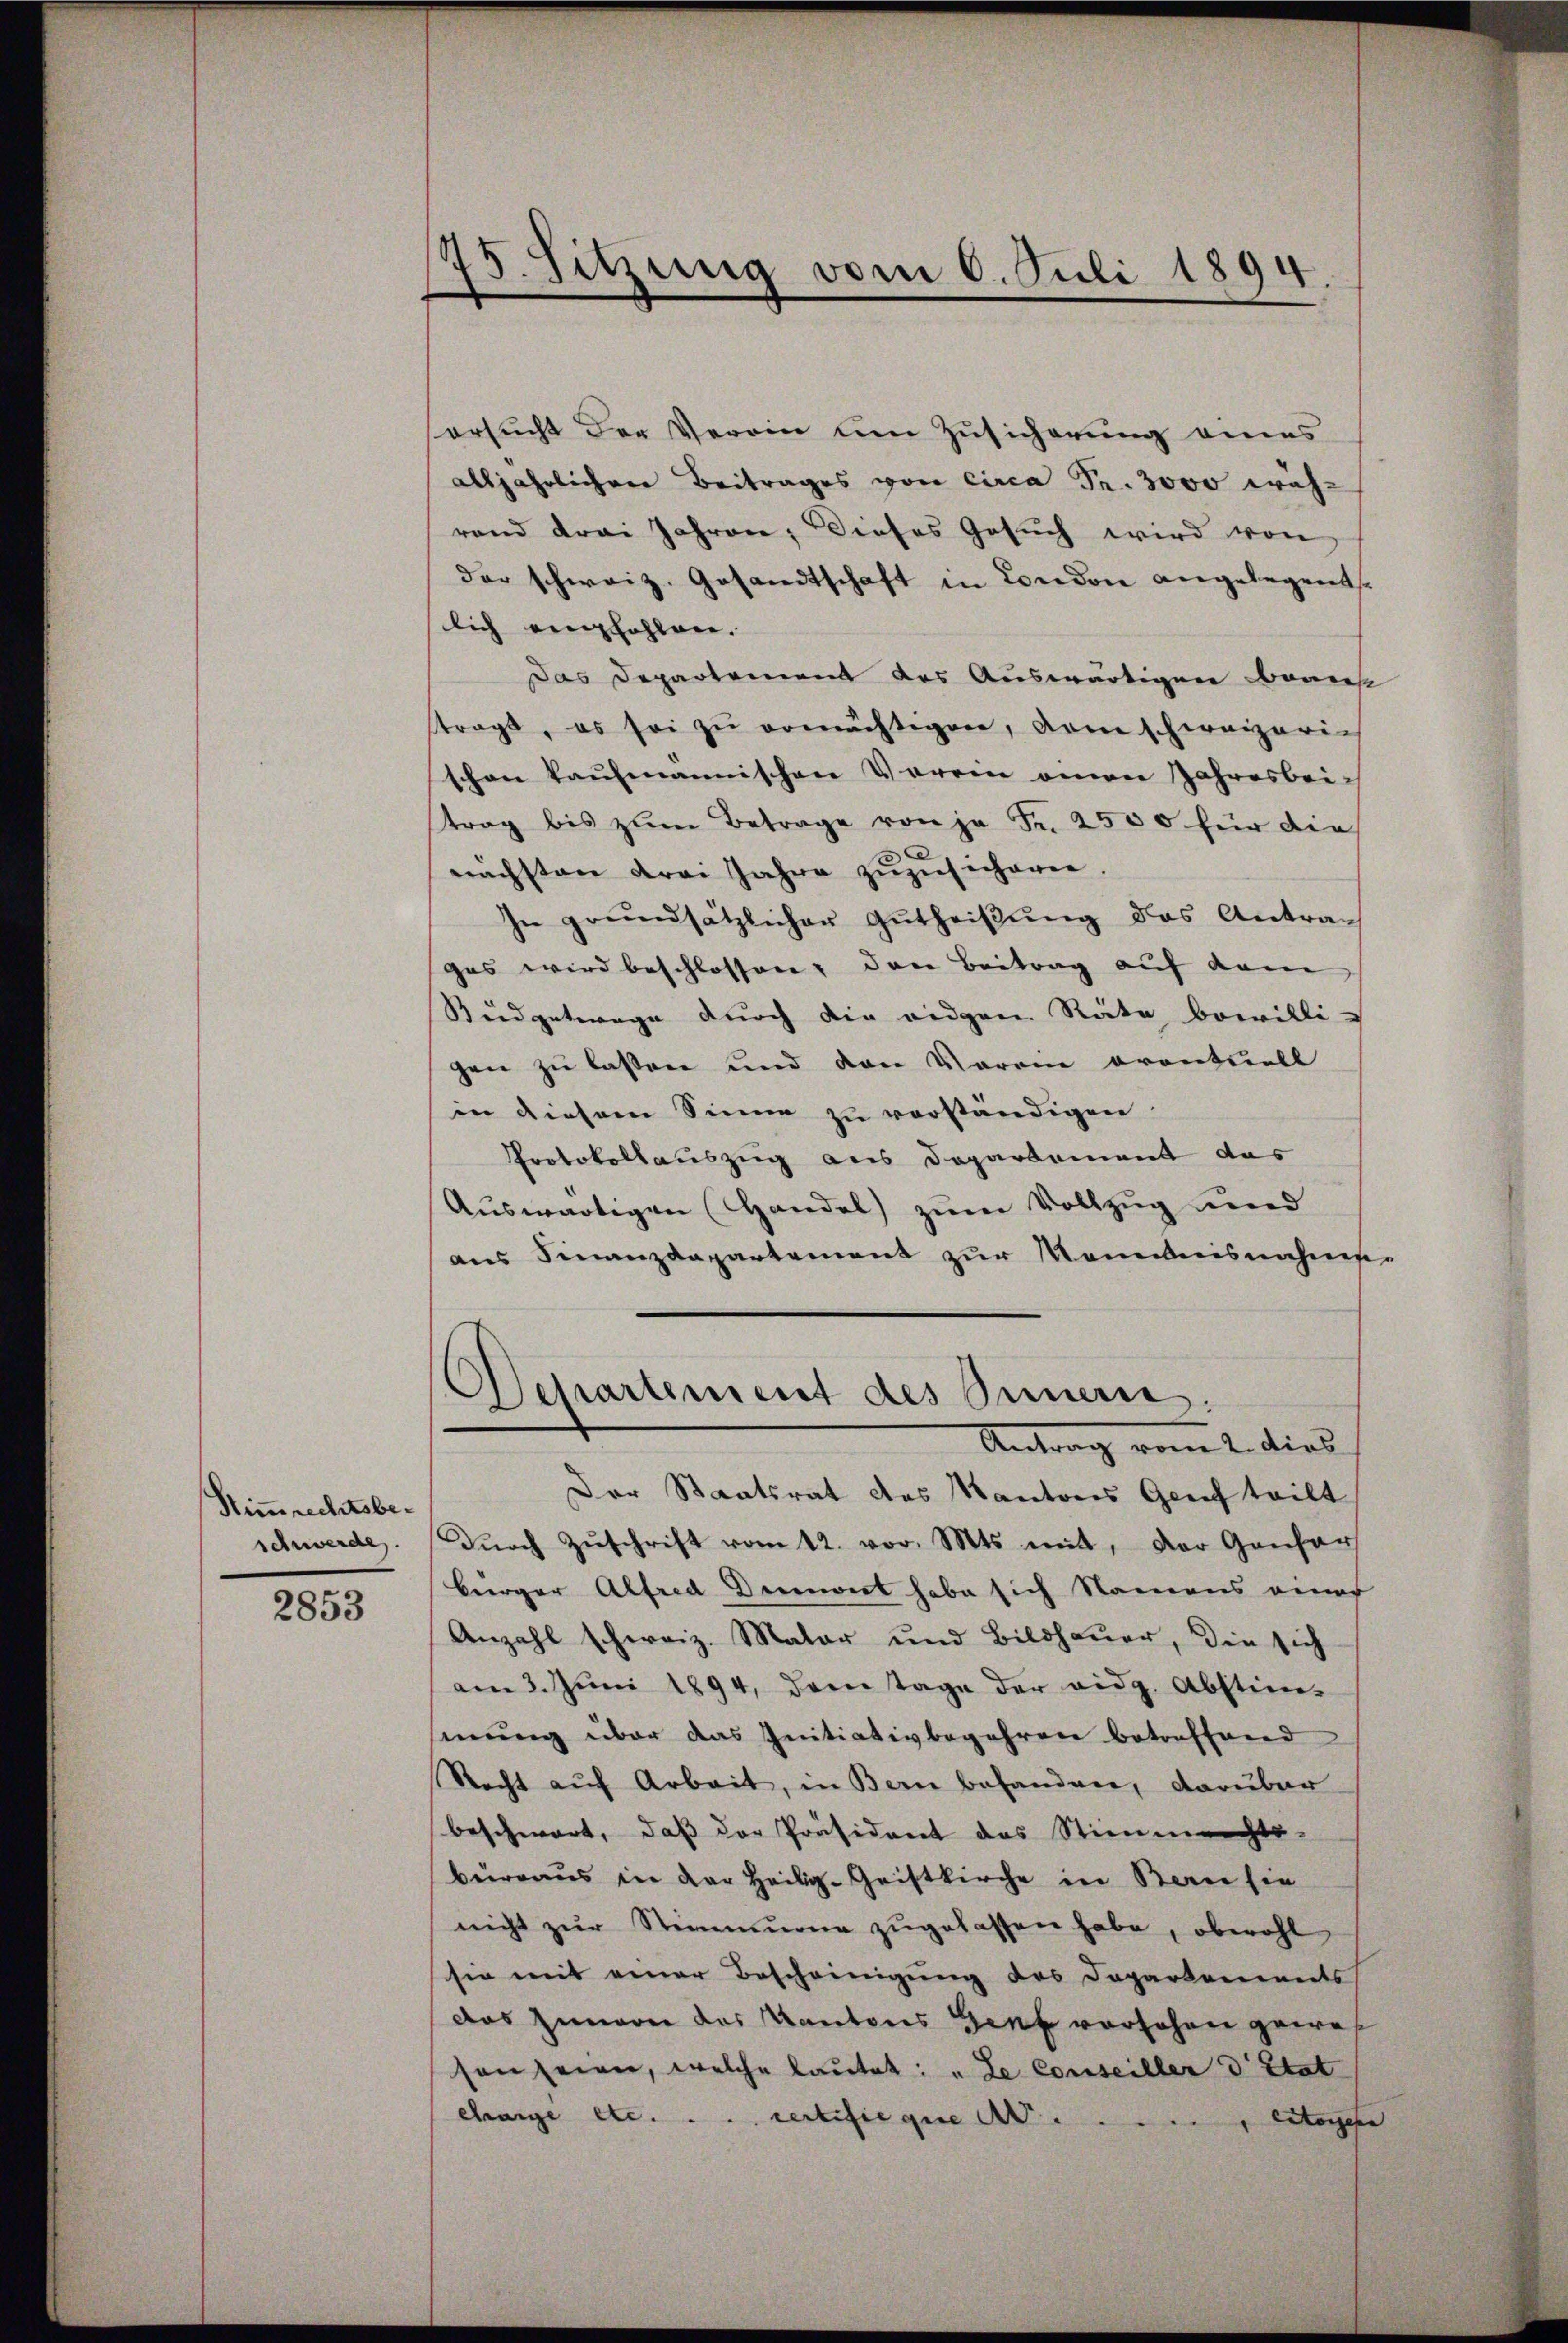
Stimmrechtsbeschwerde.

2853

175. Sitzung vom 6. Juli 1894.

ersucht der Verein um Zusicherung eines
alljährlichere Beitrages von circa Fr. 3000 wäh-
rand drei Jahren, dieses Gesuch wird von
der schweiz. Gesandtschaft in London angelegents.
lich einzahlen.
Das Departement des Auswärtigen beans
stragt, es sei zŭ ermächtigen, dem schweizeri-
schon kaufmannischen Verrin anwei Jahresbei-
trag bis zŭm Betrage von je Fr. 2500 für die
nachsten drei Jahre zuzusicheren
In grundsätzlicher Gutheißung das Antra-
gas wird beschlossen; den Beitrag auf dem
Budgetrage durch die eidgen. Räte bewilligen zu lassen und den Verein eventuell
in diesem Sinne zu verständigen.
Protokollauszug aus Departement das
Auswärtigen Handel zum Vollzug und
aus Finanzdepartement zur Manntnisnahme-
Separtement des Innern.
Antrag vom 2. dies
Der Staatsrat des Kantons Genf teilt
Dŭrch Zŭschrift vom 12. vor. Mts. mit, der Genfor
beerger Alfred Deinert habe sich Namens einer
Anzahl schweiz. Malar und Bildhaŭer, die sich
am 3. Juni 1894, dem Tage der eidg. Abstim-
sinung über das Initiativbegehren betreffend
Recht auf Arbeit, in Bern behandner, darüber
beschwart, daß der Präsident das Stimmenhts-
büreaus in der Heilig-Geistkirche in Bern sie
nicht zŭr Stimmung zugelassen habe, obwohl
sie mit einer Bescheinigung des Departements
das Zimerer des Kantons Genf vorsehen gewes
son seien, welche laŭtet: „Le Conseiller d. Stat
charge etc. . . . certifie que A
Cetorgehe